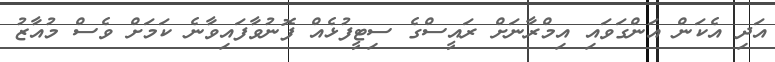
އަދި އެކަން އަންގަވައި އިމްރާނަށް ރައީސްގެ ސިޓީފުޅެއް ފޮނުވާފައިވާނެ ކަމަށް ވެސް މުއާޒު